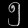
Digit: ၅